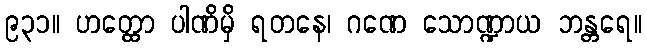
၉၃၁။ ဟတ္ထော ပါဏိမှိ ရတနေ၊ ဂဏေ သောဏ္ဍာယ ဘန္တရေ။